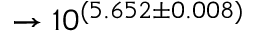
\rightarrow 1 0 ^ { ( 5 . 6 5 2 \pm 0 . 0 0 8 ) }